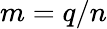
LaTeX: m=q/n